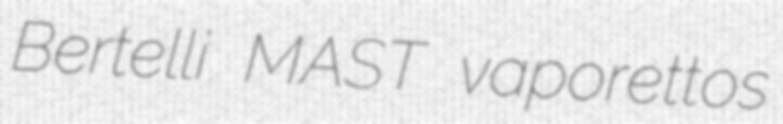
Bertelli MAST vaporettos